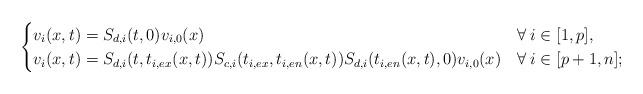
LaTeX: \begin{align*} \begin{cases} v_i(x,t)=S_{d,i}(t,0)v_{i,0}(x) & \forall\:i\in[1,p],\\ v_i(x,t)=S_{d,i}(t,t_{i,ex}(x,t))S_{c,i}(t_{i,ex},t_{i,en}(x,t))S_{d,i}(t_{i,en}(x,t),0)v_{i,0}(x) & \forall\:i\in[p+1,n]; \end{cases} \end{align*}